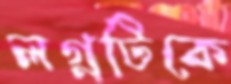
লগ্নটিকে